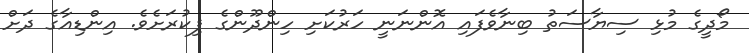
މޯދީގެ މުޅި ސިޔާސަތު ބިނާވެފައި އޮންނަނީ ހަރުކަށި ހިންދޫންގެ ފިކުރަށެވެ. އިންޑިއާގެ ދަށް